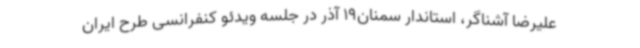
علیرضا آشناگر، استاندار سمنان19 آذر در جلسه ویدئو کنفرانسی طرح ایران